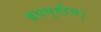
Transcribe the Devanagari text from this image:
हयग्रीव।